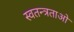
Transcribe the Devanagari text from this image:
स्वतन्त्रताओ